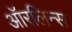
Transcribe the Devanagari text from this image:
ऑरलिन्स